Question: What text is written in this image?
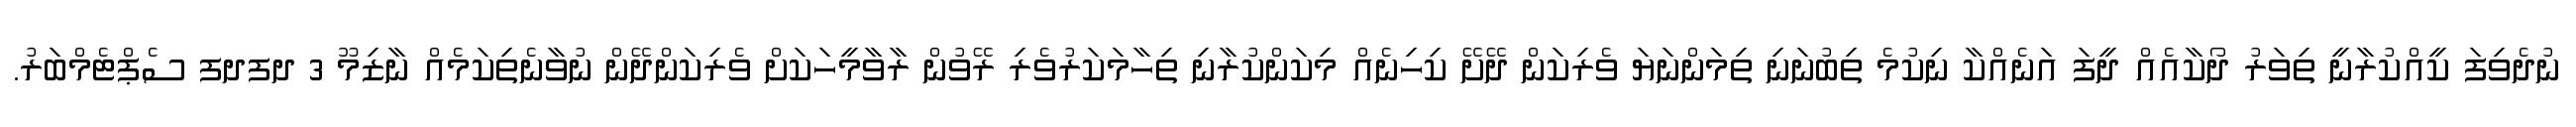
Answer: ނުދެވިފަ ކީއްކުރާނީ ތިވަރު ދޯކާއެއް ދީފަ އަނެއްކާ ނިކުމެ ތިބުނަނި ތިމަންނަޔަ ވެރިކަން ދޭށޭ ކިހިނެއް މިކަންކުރާނި ތިހާމަކަރުވެރި ރޭވުން ރާވާމީހަކަށް ވެރިކަންދޭން ނުވާނެތިކަމެއް ނާޒިމޫ 3 ދފދފ ސެޕްޓެމްބަރު.